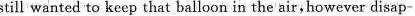
still wanted to keep that balloon in the air,however disap-